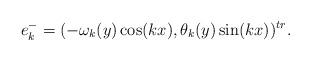
LaTeX: \begin{align*} e_k^-=(-\omega_k(y) \cos(kx) , \theta_k(y) \sin(kx))^{tr}.\end{align*}